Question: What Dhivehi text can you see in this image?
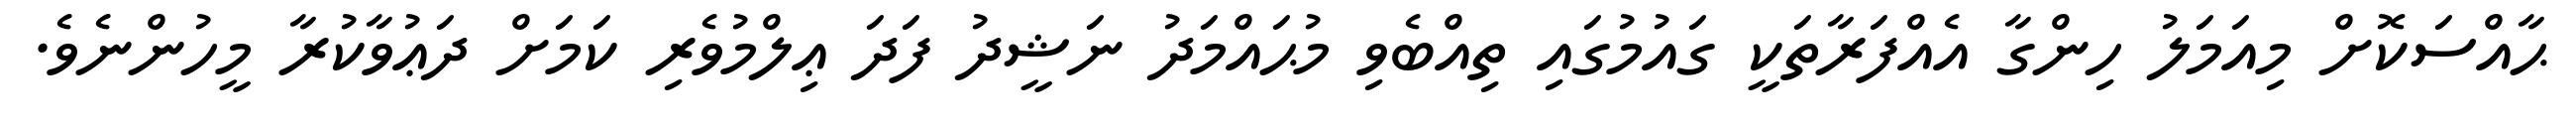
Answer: ޙާއްސަކޮށް މިއަމަލު ހިންގާ އެއްފަރާތަކީ ގައުމުގައި ތިއްބެވި މުޙައްމަދު ނަޝީދު ފަދަ ޢިލްމުވެރި ކަމަށް ދަޢުވާކުރާ މީހުންނެވެ.